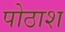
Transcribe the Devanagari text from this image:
पोठाश